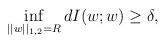
LaTeX: \begin{align*}\inf\limits_{||w||_{1,2}=R}{dI(w;w)}\geq\delta,\end{align*}